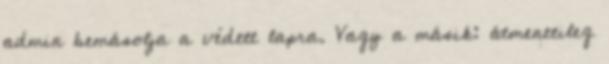
admin bemásolja a védett lapra. Vagy a másik: átmenetileg